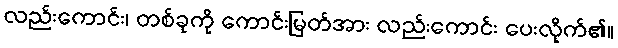
လည်းကောင်း၊ တစ်ခုကို ကောင်းမြတ်အား လည်းကောင်း ပေးလိုက်၏။